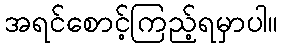
အရင်စောင့်ကြည့်ရမှာပါ။